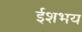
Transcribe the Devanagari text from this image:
ईशभय